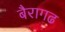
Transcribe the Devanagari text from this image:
बैरागढ